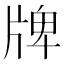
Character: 牌